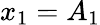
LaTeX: x_{1}=A_{1}